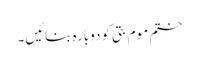
ختم موم بتی کو دوبارہ بنائیں۔